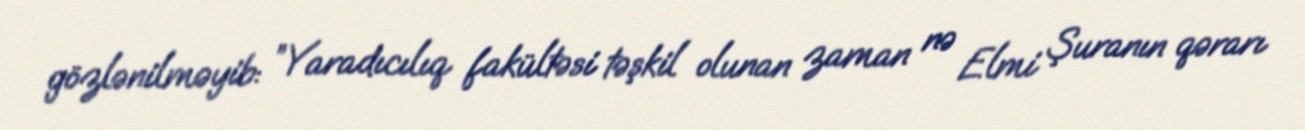
gözlənilməyib: ”Yaradıcılıq fakültəsi təşkil olunan zaman nə Elmi Şuranın qərarı